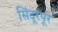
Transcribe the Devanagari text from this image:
सिंदूरपूर